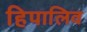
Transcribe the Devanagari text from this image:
हिपालिव